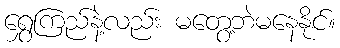
ရွှေကြည်နဲ့လည်း မတွေ့ဘဲမနေနိုင်။